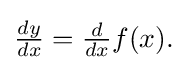
{\textstyle {\frac {dy}{dx}}={\frac {d}{dx}}f(x).}